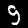
Digit: 9